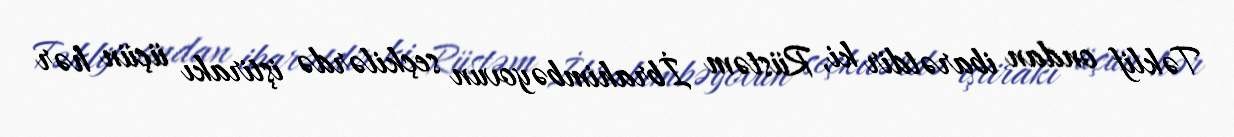
Təklif ondan ibarətdir ki, Rüstəm İbrahimbəyovun seçkilərdə iştirakı üçün hər